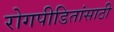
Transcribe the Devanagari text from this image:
रोगपीडितांसाठी